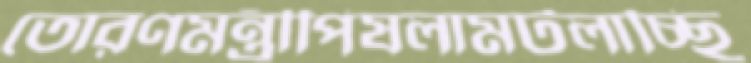
তোরণমন্ত্রীপিষলামটলাচ্ছি